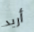
أريد